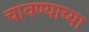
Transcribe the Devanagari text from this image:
चावण्याच्या